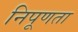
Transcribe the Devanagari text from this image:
निपूणता